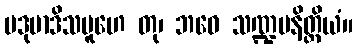
ပဒုမာဒိသမူဟေ တု၊ ဘဝေ သဏ္ဍမနိတ္ထိယံ။